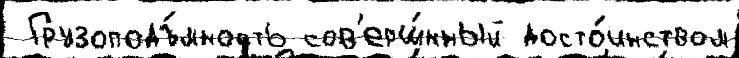
 Грузоподъ́мность сов'ерш́нный досто́инством